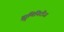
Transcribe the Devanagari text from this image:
ह्युमिनिटीज